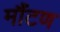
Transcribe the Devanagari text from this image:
मौंटण